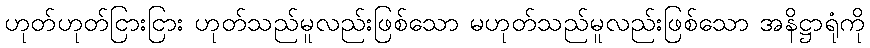
ဟုတ်ဟုတ်ငြားငြား ဟုတ်သည်မူလည်းဖြစ်သော မဟုတ်သည်မူလည်းဖြစ်သော အနိဋ္ဌာရုံကို